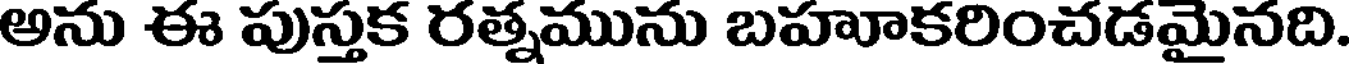
అను ఈ పుస్తక రత్నమును బహూకరించడమైనది.